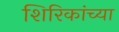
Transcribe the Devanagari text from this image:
शिरिकांच्या